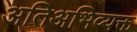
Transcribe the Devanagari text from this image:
अतिअभिव्यक्त